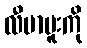
လီဗာပူးကို